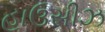
હાઉસીઝ